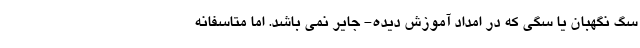
سگ نگهبان یا سگی که در امداد آموزش دیده- جایر نمی باشد. اما متاسفانه